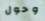
وحول